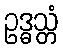
ဥဒ္ဓသ္တံ